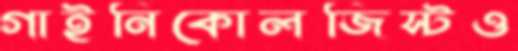
গাইনিকোলজিস্টও